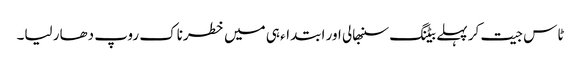
ٹاس جیت کر پہلے بیٹنگ سنبھالی اور ابتداء ہی میں خطرناک روپ دھار لیا۔